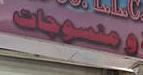
و منسوجات